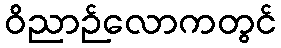
ဝိညာဉ်လောကတွင်